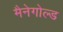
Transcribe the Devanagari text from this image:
मैनेगोल्ड